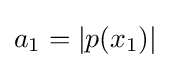
a_{1}=|p(x_{1})|